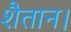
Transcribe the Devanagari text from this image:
शैतान।